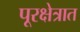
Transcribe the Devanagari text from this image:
पूरक्षेत्रात